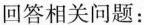
回答相关问题：